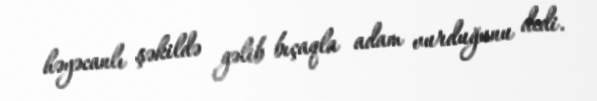
həyəcanlı şəkildə gəlib bıçaqla adam vurduğunu dedi.